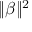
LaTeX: \| \beta \| ^ { 2 }